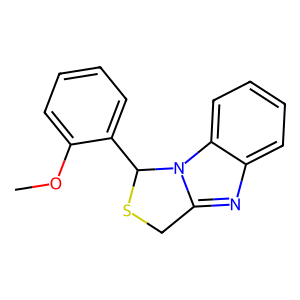
SMILES: COc1ccccc1C1SCc2nc3ccccc3n21
Inhibits HIV replication: No